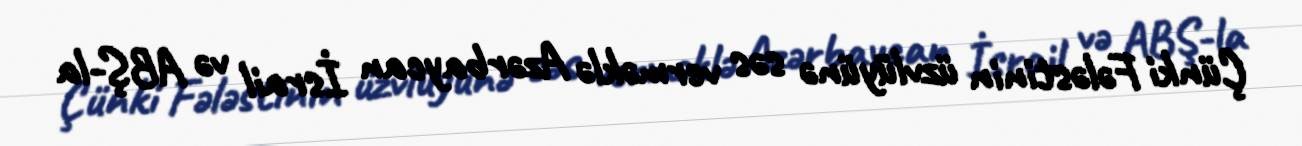
Çünki Fələstinin üzvlüyünə səs verməklə Azərbaycan İsrail və ABŞ-la